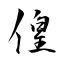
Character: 偟